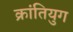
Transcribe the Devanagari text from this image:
क्रांतियुग